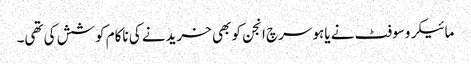
مائیکروسوفٹ نے یاہو سرچ انجن کو بھی خریدنے کی ناکام کوشش کی تھی۔